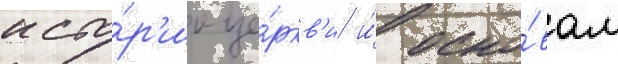
исто́р'ии це́ркв'и и́ осно́вам